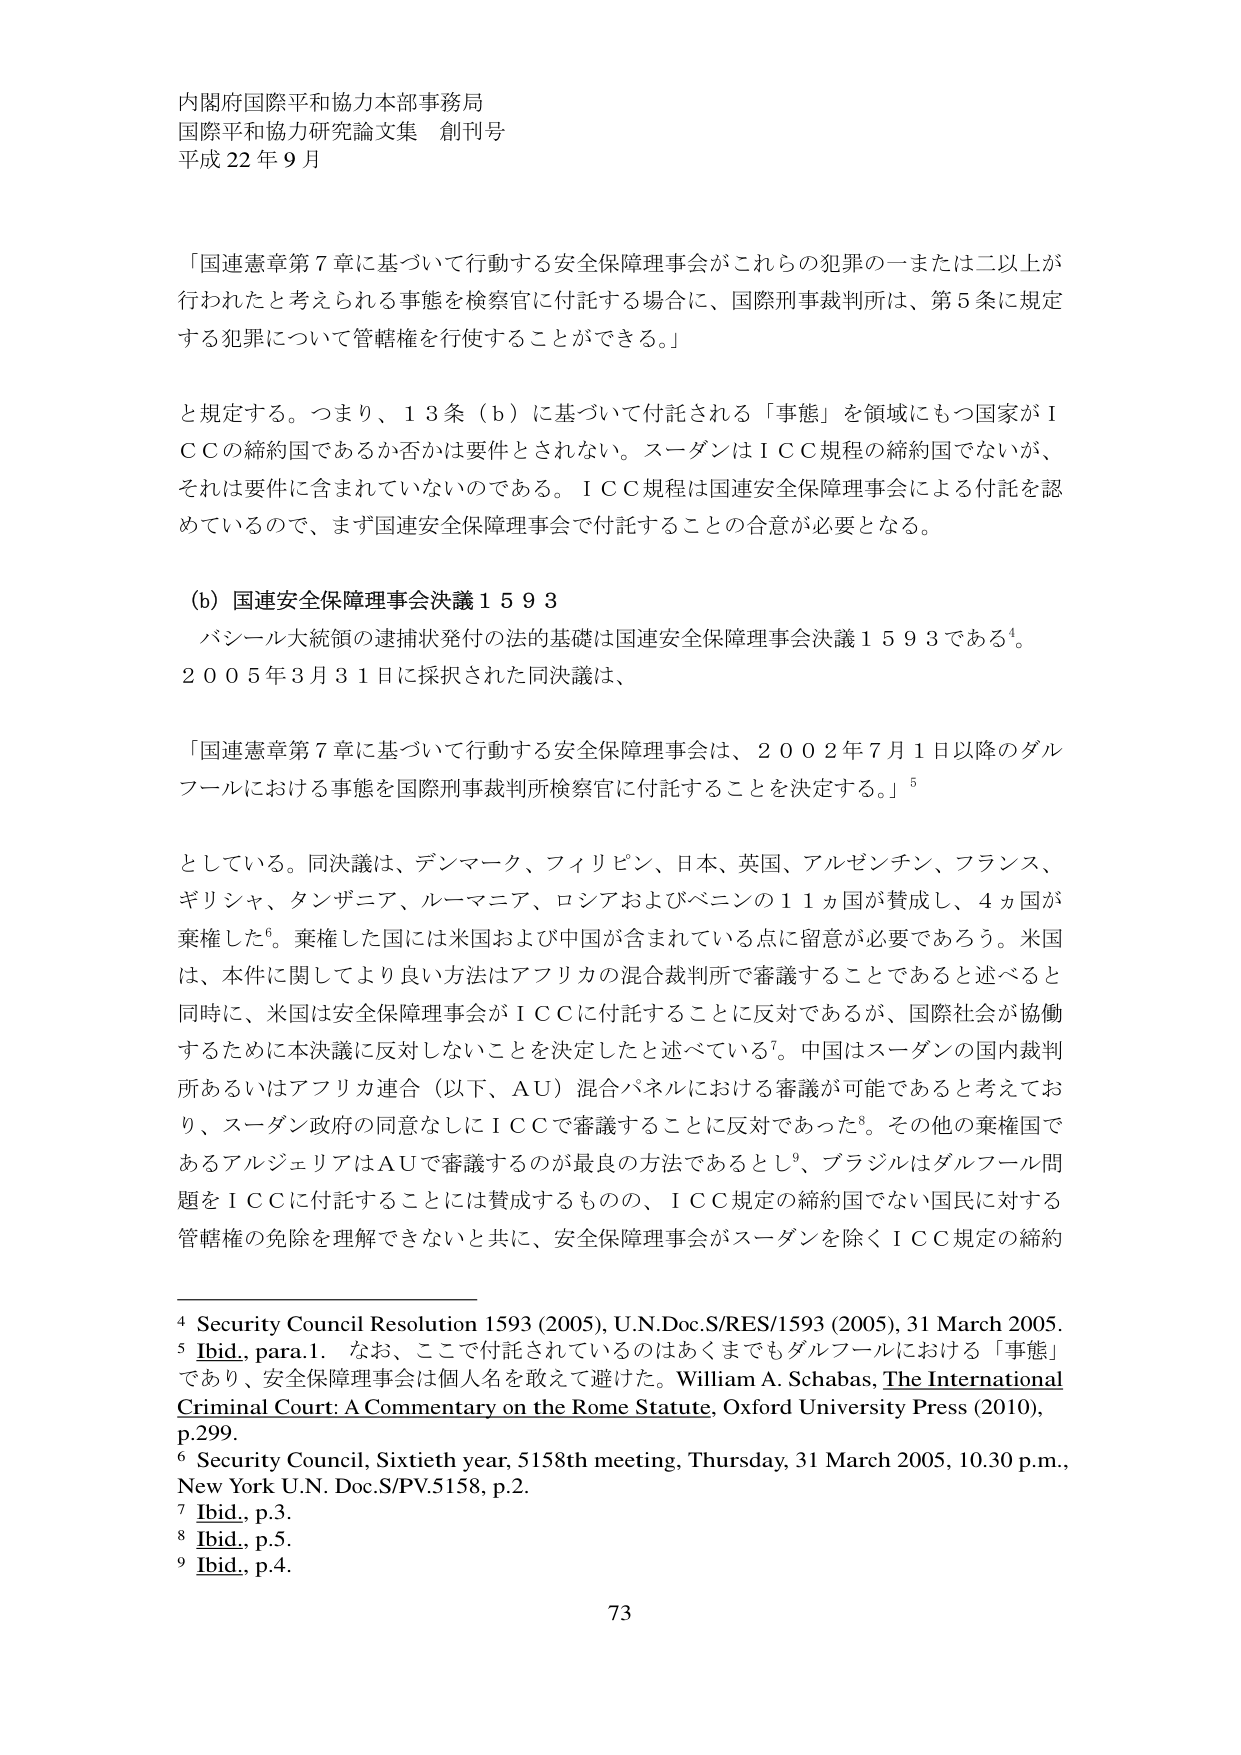
内閣府国際平和協力本部事務局
国際平和協力研究論文集 創刊号
平成22年9月

「国連憲章第7章に基づいて行動する安全保障理事会がこれらの犯罪の一または二以上が行われたと考えられる事態を検察官に付託する場合に、国際刑事裁判所は、第5条に規定する犯罪について管轄権を行使することができる。」

と規定する。つまり、13条（b）に基づいて付託される「事態」を領域にもつ国家がICCの締約国であるか否かは要件とされない。スーダンはICC規程の締約国でないが、それは要件に含まれていないのである。ICC規程は国連安全保障理事会による付託を認めているので、まず国連安全保障理事会で付託することの合意が必要となる。

(b) 国連安全保障理事会決議1593
バシール大統領の逮捕状発付の法的基礎は国連安全保障理事会決議1593である⁴。
2005年3月31日に採択された同決議は、

「国連憲章第7章に基づいて行動する安全保障理事会は、2002年7月1日以降のダルフールにおける事態を国際刑事裁判所検察官に付託することを決定する。」⁵

としている。同決議は、デンマーク、フィリピン、日本、英国、アルゼンチン、フランス、ギリシャ、タンザニア、ルーマニア、ロシアおよびベニンの11ヵ国が賛成し、4ヵ国が棄権した⁶。棄権した国には米国および中国が含まれている点に留意が必要であろう。米国は、本件に関してより良い方法はアフリカの混合裁判所で審議することであると述べると同時に、米国は安全保障理事会がICCに付託することに反対であるが、国際社会が協働するために本決議に反対しないことを決定したと述べている⁷。中国はスーダンの国内裁判所あるいはアフリカ連合（以下、AU）混合パネルにおける審議が可能であると考えており、スーダン政府の同意なしにICCで審議することに反対であった⁸。その他の棄権国であるアルジェリアはAUで審議するのが最良の方法であるとし⁹、ブラジルはダルフール問題をICCに付託することには賛成するものの、ICC規定の締約国でない国民に対する管轄権の免除を理解できないと共に、安全保障理事会がスーダンを除くICC規定の締約

⁴ Security Council Resolution 1593 (2005), U.N.Doc.S/RES/1593 (2005), 31 March 2005.
⁵ Ibid., para.1. なお、ここで付託されているのはあくまでもダルフールにおける「事態」であり、安全保障理事会は個人名を敢えて避けた。William A. Schabas, The International Criminal Court: A Commentary on the Rome Statute, Oxford University Press (2010), p.299.
⁶ Security Council, Sixtieth year, 5158th meeting, Thursday, 31 March 2005, 10.30 p.m., New York U.N. Doc.S/PV.5158, p.2.
⁷ Ibid., p.3.
⁸ Ibid., p.5.
⁹ Ibid., p.4.

73